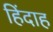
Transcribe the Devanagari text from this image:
हिंदाह